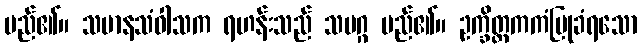
မည်၏။ သမာနသံဝါသက ရဟန်းသည် သမဂ္ဂ မည်၏။ ဥက္ခိတ္တကကံပြုခံရသော